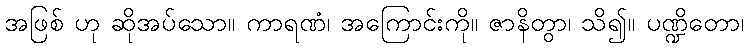
အဖြစ် ဟု ဆိုအပ်သော။ ကာရဏံ၊ အကြောင်းကို။ ဇာနိတွာ၊ သိ၍။ ပဏ္ဍိတော၊